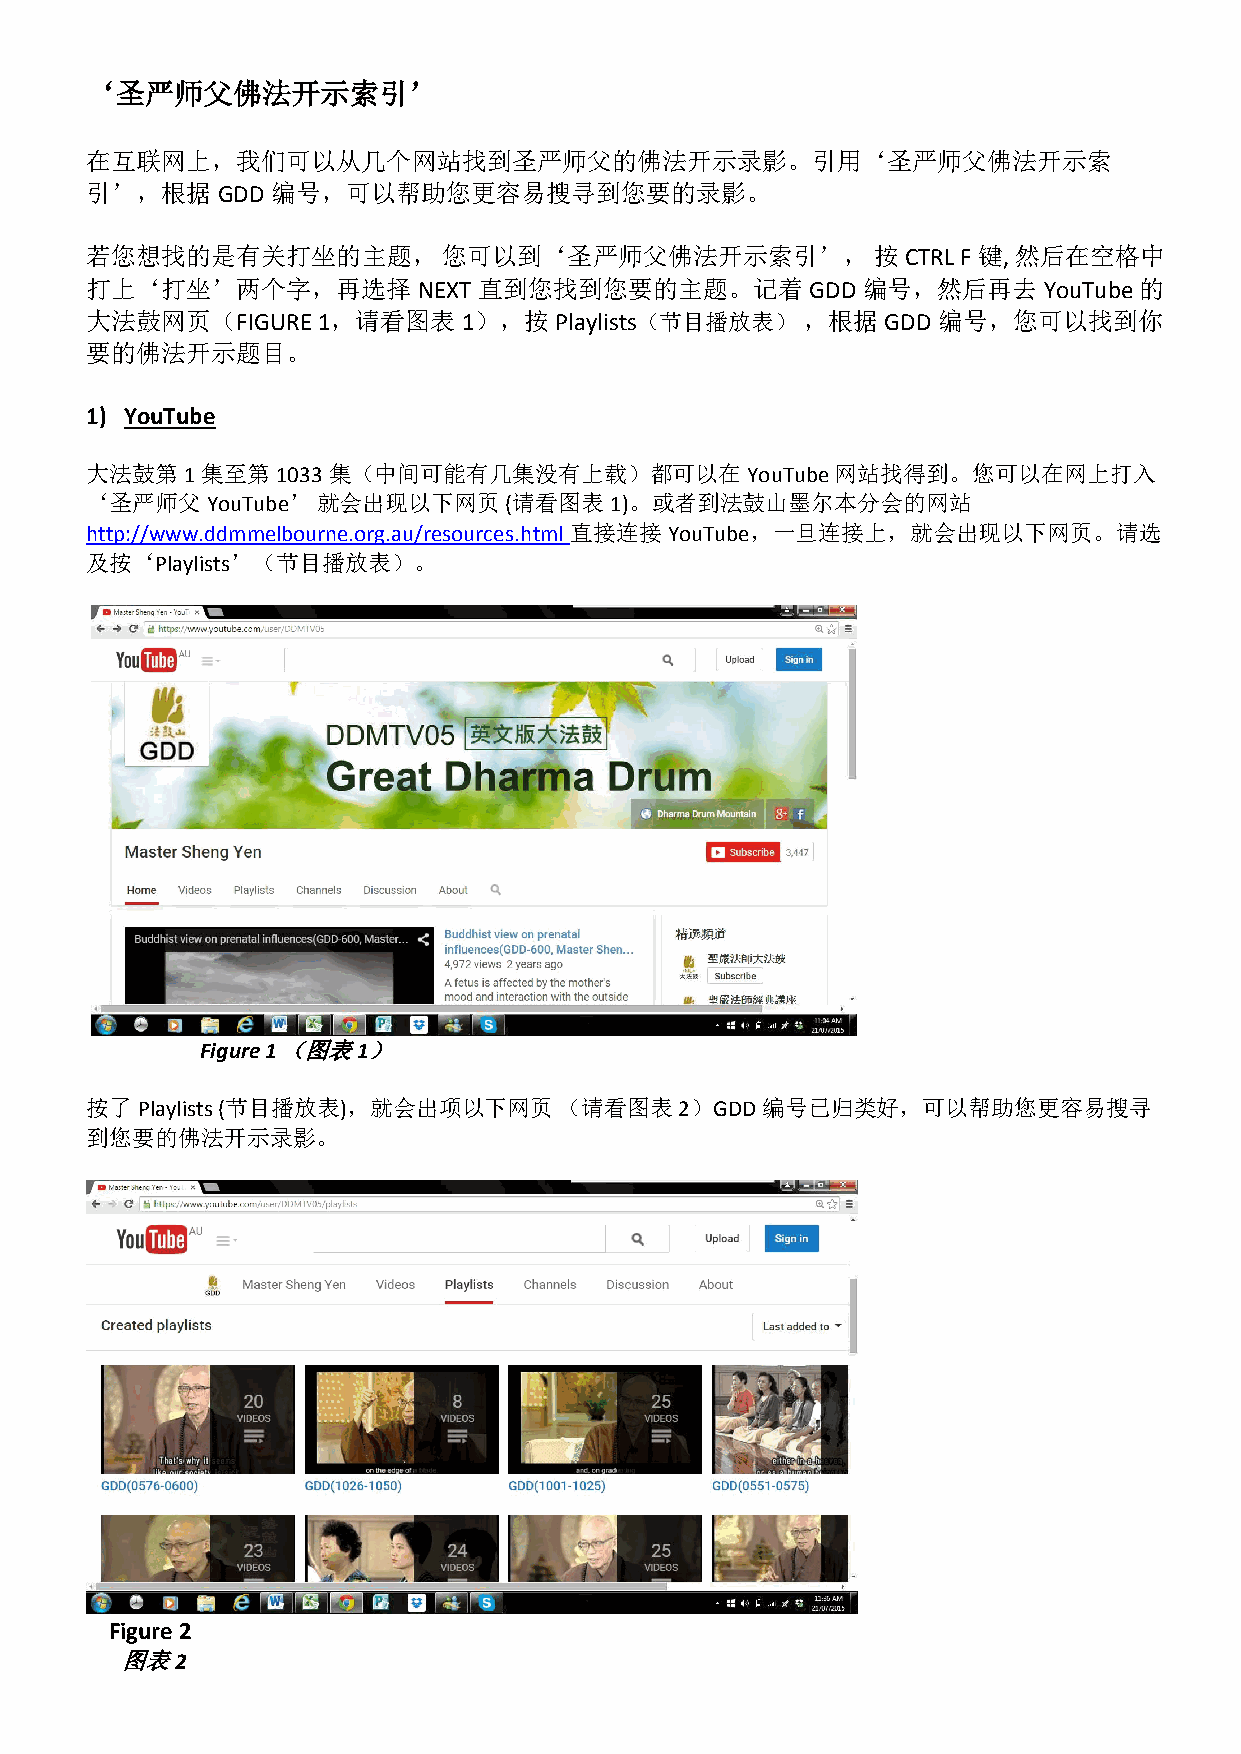
‘圣严师父佛法开示索引’
 在互联网上，我们可以从几个网站找到圣严师父的佛法开示录影。引用‘圣严师父佛法开示索
 引’，根据GDD    编号，可以帮助您更容易搜寻到您要的录影。
 若您想找的是有关打坐的主题，         您可以到‘圣严师父佛法开示索引’，            按CTRL F 键, 然后在空格中
 打上‘打坐’两个字，再选择         NEXT 直到您找到您要的主题。记着        GDD 编号，然后再去YouTube   的
 大法鼓网页（FIGURE   1，请看图表    1），按Playlists（节目播放表）  ，根据GDD   编号，您可以找到你
 要的佛法开示题目。
 1) YouTube
 大法鼓第1集至第1033集（中间可能有几集没有上载）都可以在YouTube            网站找得到。您可以在网上打入
 ‘圣严师父YouTube’  就会出现以下网页    (请看图表1)。或者到法鼓山墨尔本分会的网站
 http://www.ddmmelbourne.org.au/resources.html 直接连接YouTube，一旦连接上，就会出现以下网页。请选
 及按‘Playlists’（节目播放表）。
 Figure 1 （图表1）
 按了Playlists (节目播放表)，就会出项以下网页   （请看图表2）GDD编号已归类好，可以帮助您更容易搜寻
 到您要的佛法开示录影。
 Figure 2
 图表2